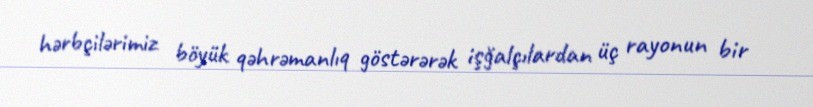
hərbçilərimiz böyük qəhrəmanlıq göstərərək işğalçılardan üç rayonun bir